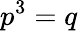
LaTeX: p^{3}=q